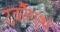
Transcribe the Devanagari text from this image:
टर्कौएश